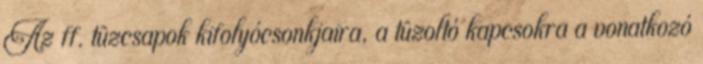
Az ff. tûzcsapok kifolyócsonkjaira, a tûzoltó kapcsokra a vonatkozó